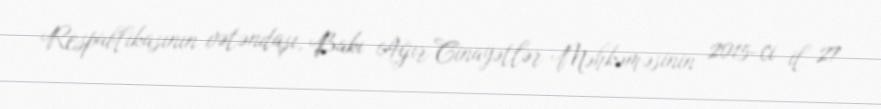
Respublikasının vətəndaşı, Bakı Ağır Cinayətlər Məhkəməsinin 2015-ci il 27